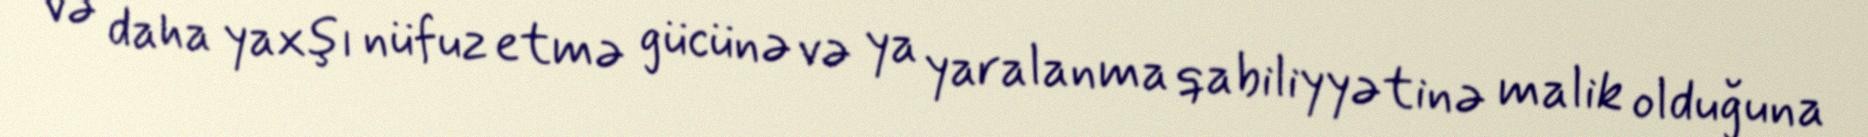
və daha yaxşı nüfuz etmə gücünə və ya yaralanma qabiliyyətinə malik olduğuna